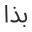
بذا